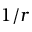
1 / r